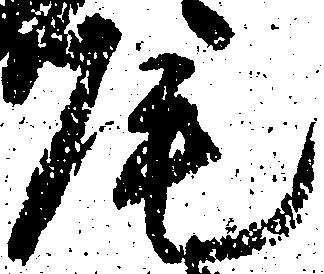
尾